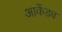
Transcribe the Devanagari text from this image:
आकेंड्य